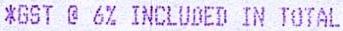
*GST @ 6% INCLUDED IN TOTAL